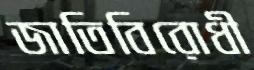
জাতিবিরোধী